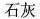
石灰